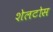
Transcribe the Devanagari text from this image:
शेलटोस